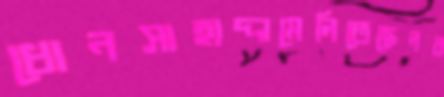
ধোনসাহাদ্দামেলিতেছেনব